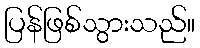
ပြန်ဖြစ်သွားသည်။